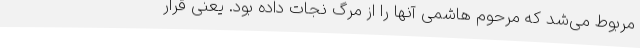
مربوط می‌شد که مرحوم هاشمی آنها را از مرگ نجات داده بود. یعنی قرار